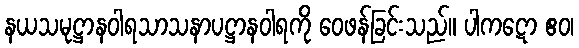
နယသမုဋ္ဌာနဝါရသာသနာပဋ္ဌာနဝါရကို ဝေဖန်ခြင်းသည်။ ပါကဋော ဧဝ၊